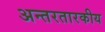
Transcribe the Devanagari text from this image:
अन्तरतारकीय